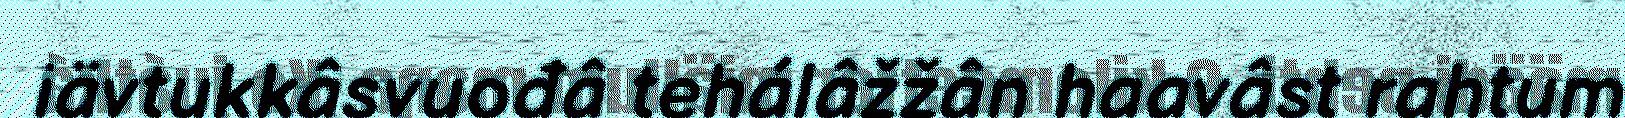
iävtukkâsvuođâ tehálâžžân haavâst rahtum